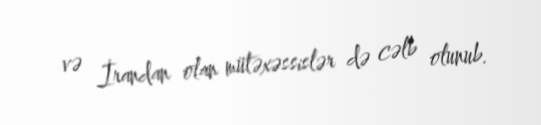
və İrandan olan mütəxəssislər də cəlb olunub.